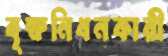
বৃক্ষনিধনকারী